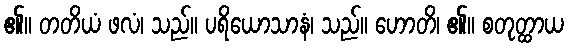
၏။ တတိယံ ဖလံ၊ သည်။ ပရိယောသာနံ၊ သည်။ ဟောတိ၊ ၏။ စတုတ္ထာယ